Civil Veterinary Department Bihar reports 1936-40 - 1936-1940
Year: 1936
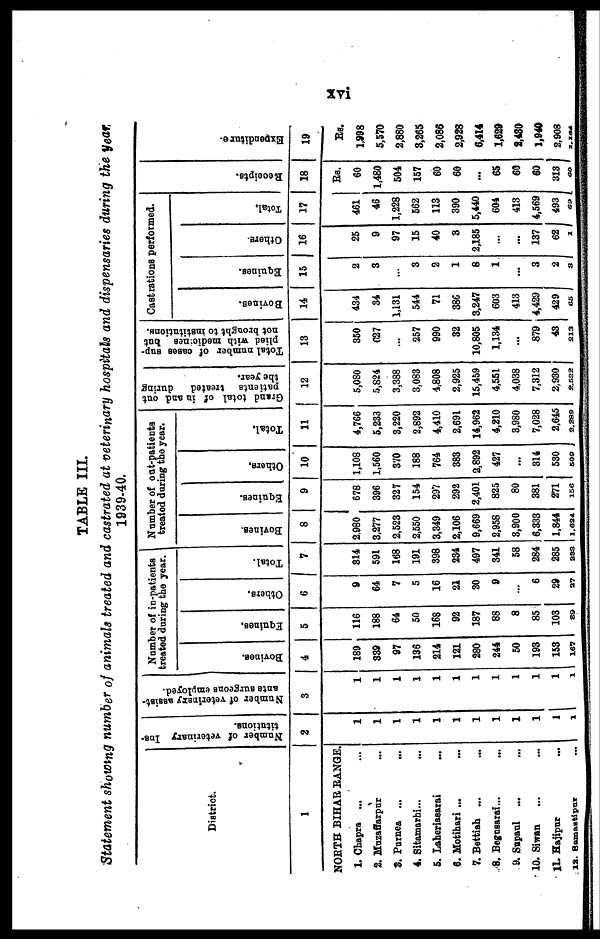
xvi
TABLE III.
Statement showing number of animals treated and castrated at veterinary hospitals and dispensaries during the year
1939-40.
District.
1
NORTH BIHAR RANGE.
1. Chapra ... ...
2. Muzaffarpur ...
3. Purnea ... ...
4. Sitamarbi... ...
5. Laheriasarai
...
6. Motihari ...
...
7. Bettiah ... ...
8. Begusarai... ...
9. Supaul ... ...
10. Siwan ... ...
11. Hajipur
...
12. Samastipur ...
Number of veterinary Ins-
titutions.
2
1
1
1
1
1
1
1
1
1
1
1
1
Number of veterinary assist-
ants surgeons emyloyed.
3
1
1
1
1
1
1
1
1
1
1
1
1
Number of in-patients
treated during the year.
Bovines.
4
189
339
97
136
214
121
280
244
50
193
153
167
Equines.
5
116
188
64
50
168
92
187
88
8
85
103
89
Others.
6
9
64
7
5
16
21
30
9
...
6
29
27
Total.
7
314
591
168
191
398
234
497
341
58
284
285
283
Number of out-patients
treated during the year.
Bovines.
8
2,980
3,277
2,523
2,550
3,349
2,106
9,669
2,958
3,900
6,333
1,844
1,624
Equines.
9
678
396
327
154
297
292
2,401
825
80
381
271
156
Others,
10
1,108
1,560
370
188
764
383
2,892
427
...
314
530
509
Total.
11
4,766
5,233
3,220
2,892
4,410
2,691
14,962
4,210
3,980
7,028
2,645
2,289
Grand total of in and out
patients treated
during
the year.
12
5,080
5,824
3,388
3,083
4,808
2,925
15,459
4,551
4,038
7,312
2,930
2,522
Total number of cases sup-
plied with medicines but
not brought to institutions.
13
350
627
...
257
990
32
10,805
1,134
...
879
43
213
Castrations performed.
Bovines.
14
434
34
1,131
544
71
386
3,247
603
413
4,429
429
65
Equines.
15
2
3
...
3
2
1
8
1
...
3
2
8
Others
16
25
9
97
15
40
3
2,185
...
...
137
62
2
Total.
17
461
46
1,228
562
113
390
5,440
604
413
4,569
493
69
Receipts.
18
Rs.
60
1,480
504
157
60
60
...
65
60
60
313
60
Expenditure.
19
Rs.
1,998
5,570
2,880
3,265
2,086
2,928
6,414
1,629
2,480
1,940
2,908
2,164